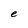
Character: e